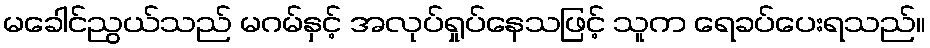
မခေါင်ညွယ်သည် မဂမ်နှင့် အလုပ်ရှုပ်နေသဖြင့် သူက ရေခပ်ပေးရသည်။